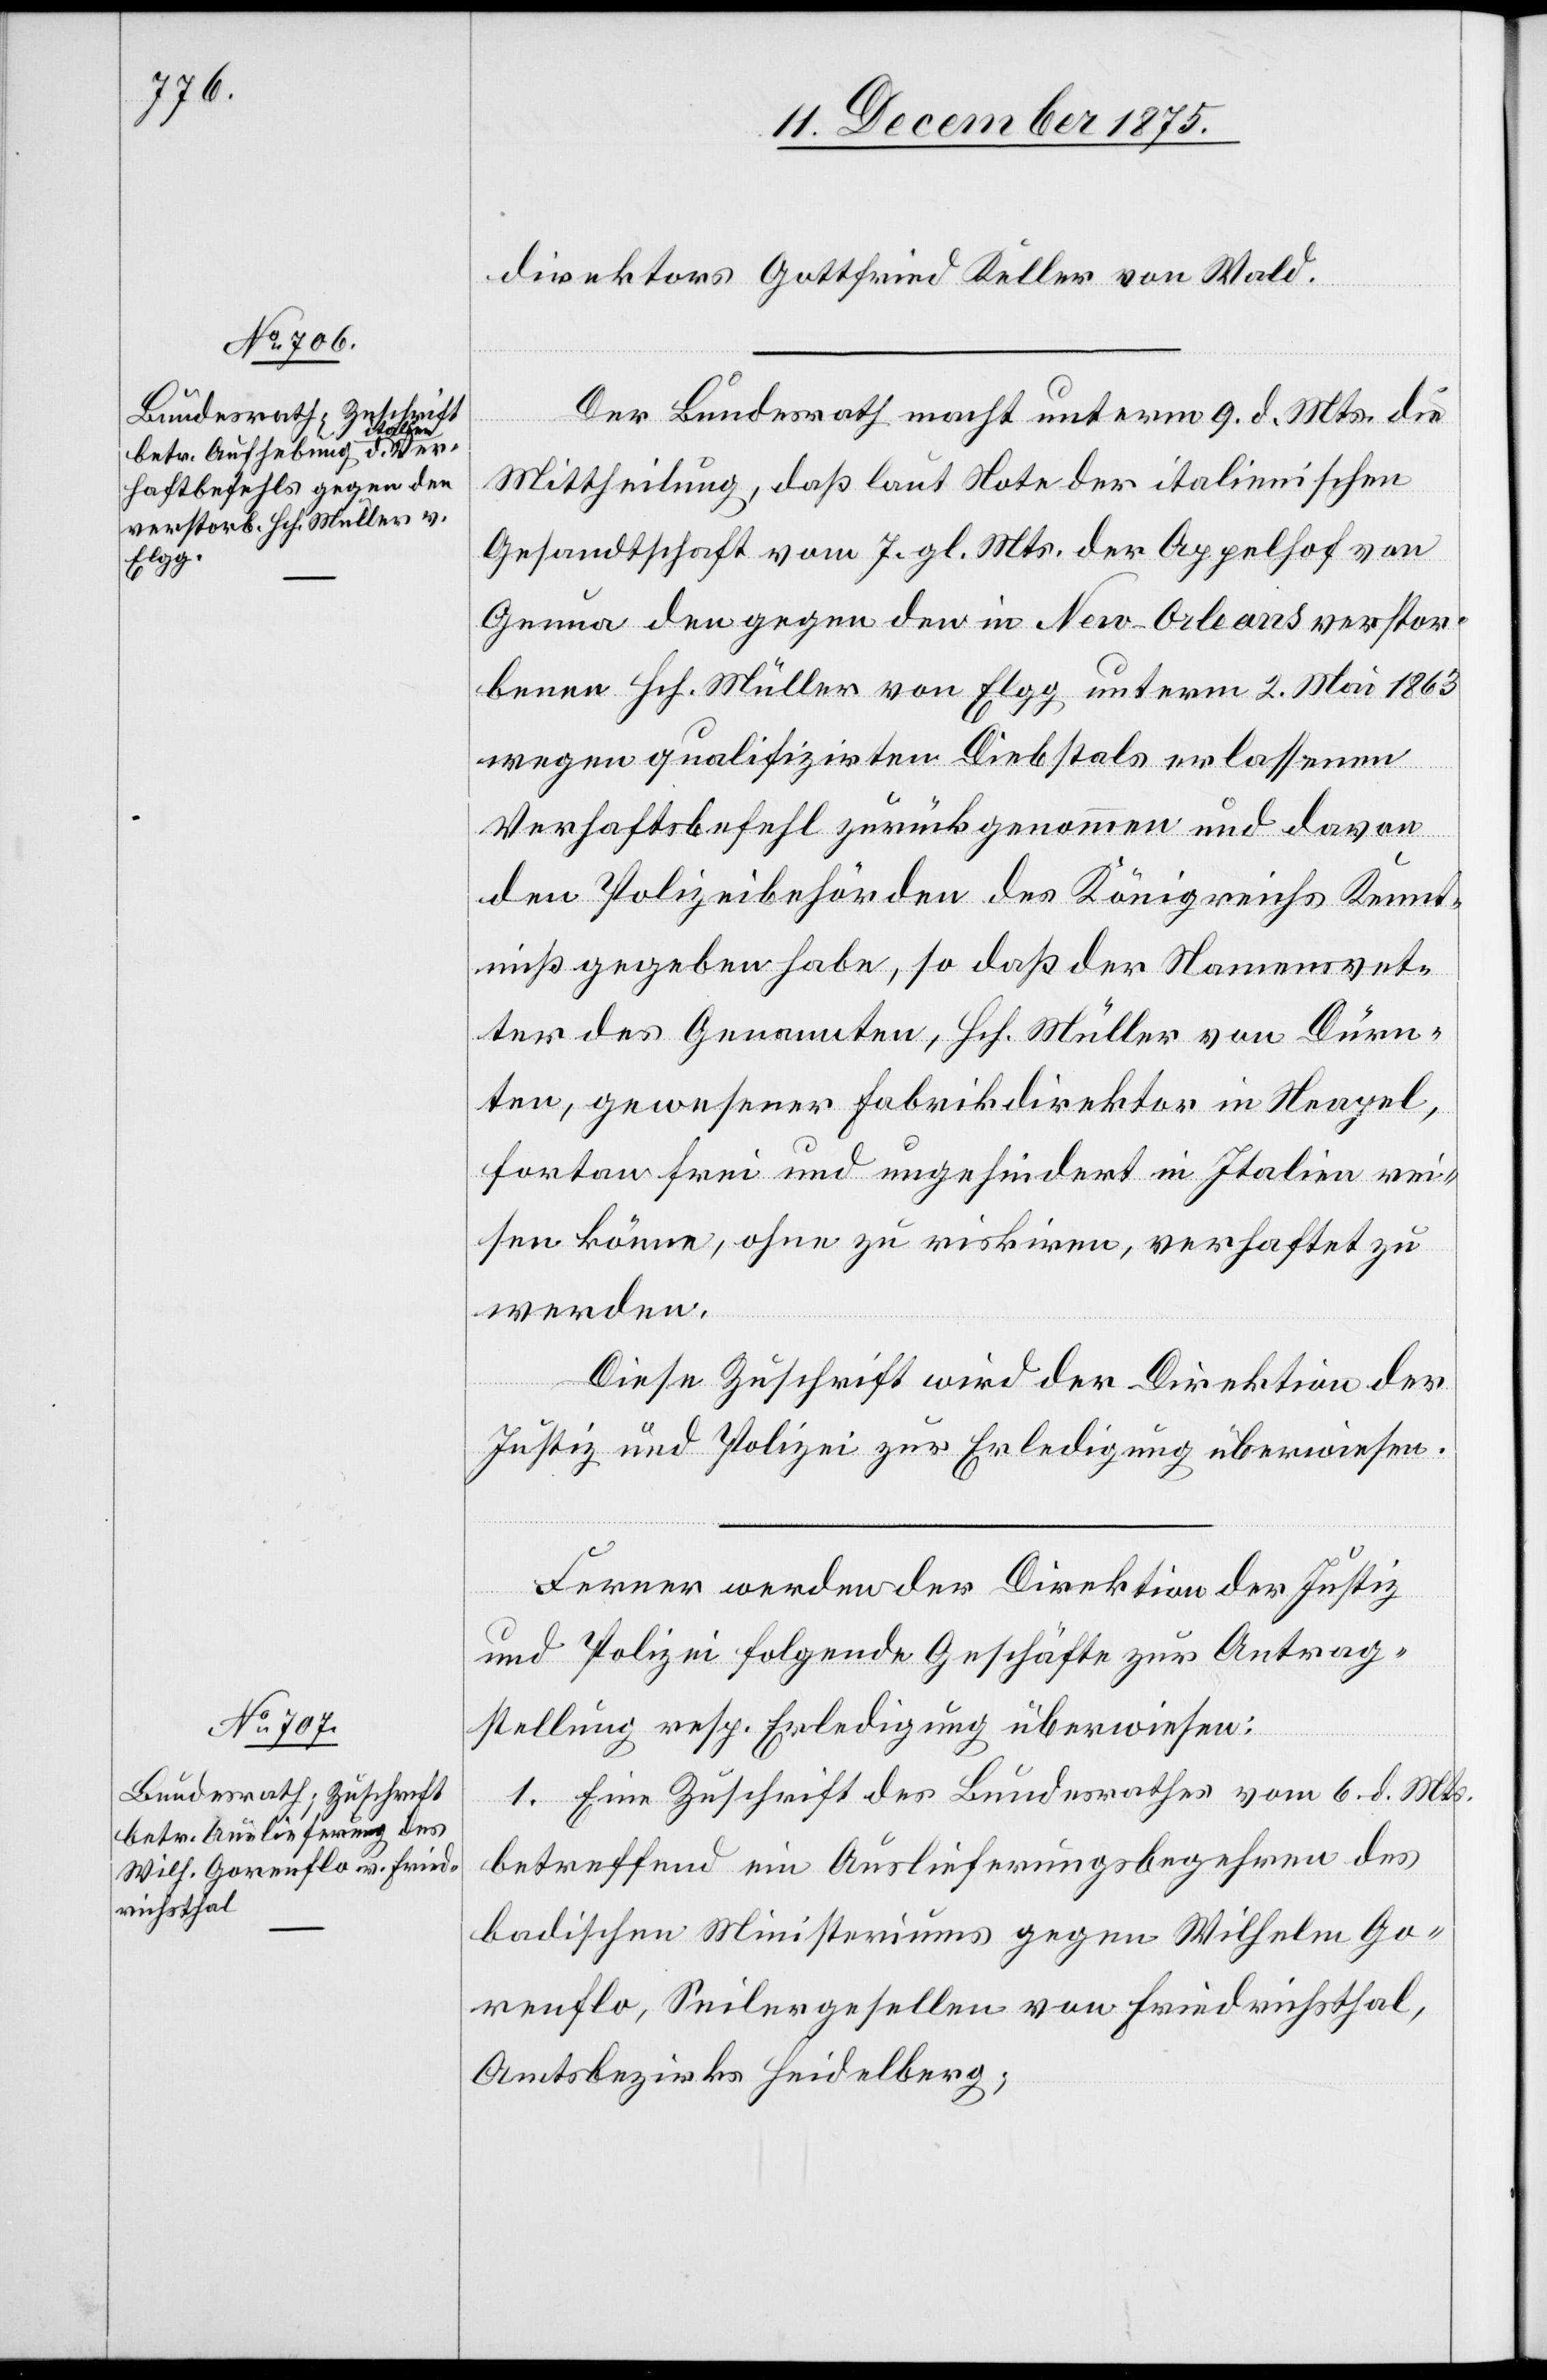
13. December 1875.]
direktors Gottfried Keller von Wald.
Der Bundesrath macht unterm 9. d. Mts die
Mittheilung, daß laut Note der italienischen
Gesandtschaft vom 7. gl. Mts. der Appelhof von
Genua den gegen den in New-Orleans verstor¬
benen Hch. Müller von Elgg unterm 2. Mai 1863
wegen qualifizirten Diebstals erlassenen
Verhaftsbefehl zurückgenommen und davon
den Polizeibehörden des Königreichs Kennt¬
niß gegeben habe, so daß der Namensvet¬
ter des Genannten, Hch. Müller von Dürn¬
ten, gewesener Fabrikdirektor in Neapel,
fortan frei und ungehindert in Italien rei¬
sen könne, ohne zu riskiren, verhaftet zu
werden.
Diese Zuschrift wird der Direktion der
Justiz und Polizei zur Erledigung überwiesen.
Ferner werden der Direktion der Justiz
und Polizei folgende Geschäfte zur Antrag¬
stellung resp. Erledigung überwiesen:
1. Eine Zuschrift des Bundesrathes vom 6. d. Mts.
betreffend ein Auslieferungsbegehren des
badischen Ministeriums gegen Wilhelm Go¬
renflo, Seilergesellen von Friedrichsthal,
Amtsbezirks Heidelberg;